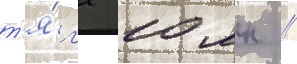
т'я́г'е 10 мн //